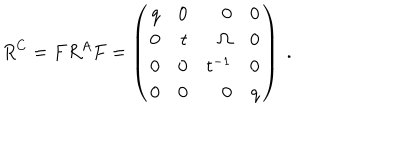
R ^ { C } = F R ^ { A } F = \left( \begin{array} { r r r r } { { q } } & { { 0 } } & { { 0 } } & { { 0 } } \\ { { 0 } } & { { t } } & { { \Omega } } & { { 0 } } \\ { { 0 } } & { { 0 } } & { { t ^ { - 1 } } } & { { 0 } } \\ { { 0 } } & { { 0 } } & { { 0 } } & { { q } } \\ \end{array} \right) \ .